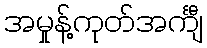
အမှုန့်ကုတ်အင်္ကျီ